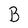
Character: B